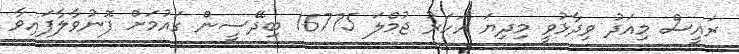
ރައީސް މިއަދު ވިދާޅުވީ މިދިޔަ އަހަރު ޖުމްލަ 16775 ބިދޭސީން ގައުމަށް ފޮނުވާލާފައިވާ